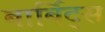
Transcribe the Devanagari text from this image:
बार्बिट्स